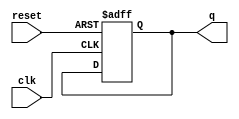
module Johnson_Counter #(parameter N = 2) (
    input wire clk,
    input wire reset,
    output reg [N-1:0] q
);

    // Sequential logic for the Johnson Counter
    always @(posedge clk or posedge reset) begin
        if (reset) begin
            // Reset state to 0
            q <= {N{1'b0}};
        end else begin
            // Johnson counter logic: Shift left and feedback complementary state
            q <= {~q[N-1], q[N-1:N-2]}; // Shift and feedback
        end
    end

endmodule